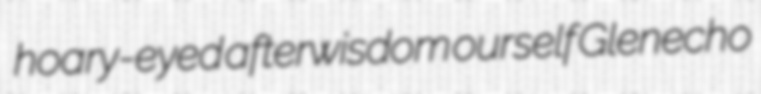
hoary-eyed afterwisdom ourself Glenecho